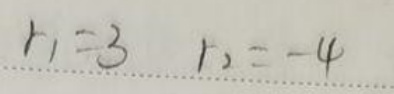
$r _ { 1 } = 3 \quad r _ { 2 } = - 4$